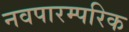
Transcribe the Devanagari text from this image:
नवपारम्परिक